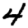
Digit: 4